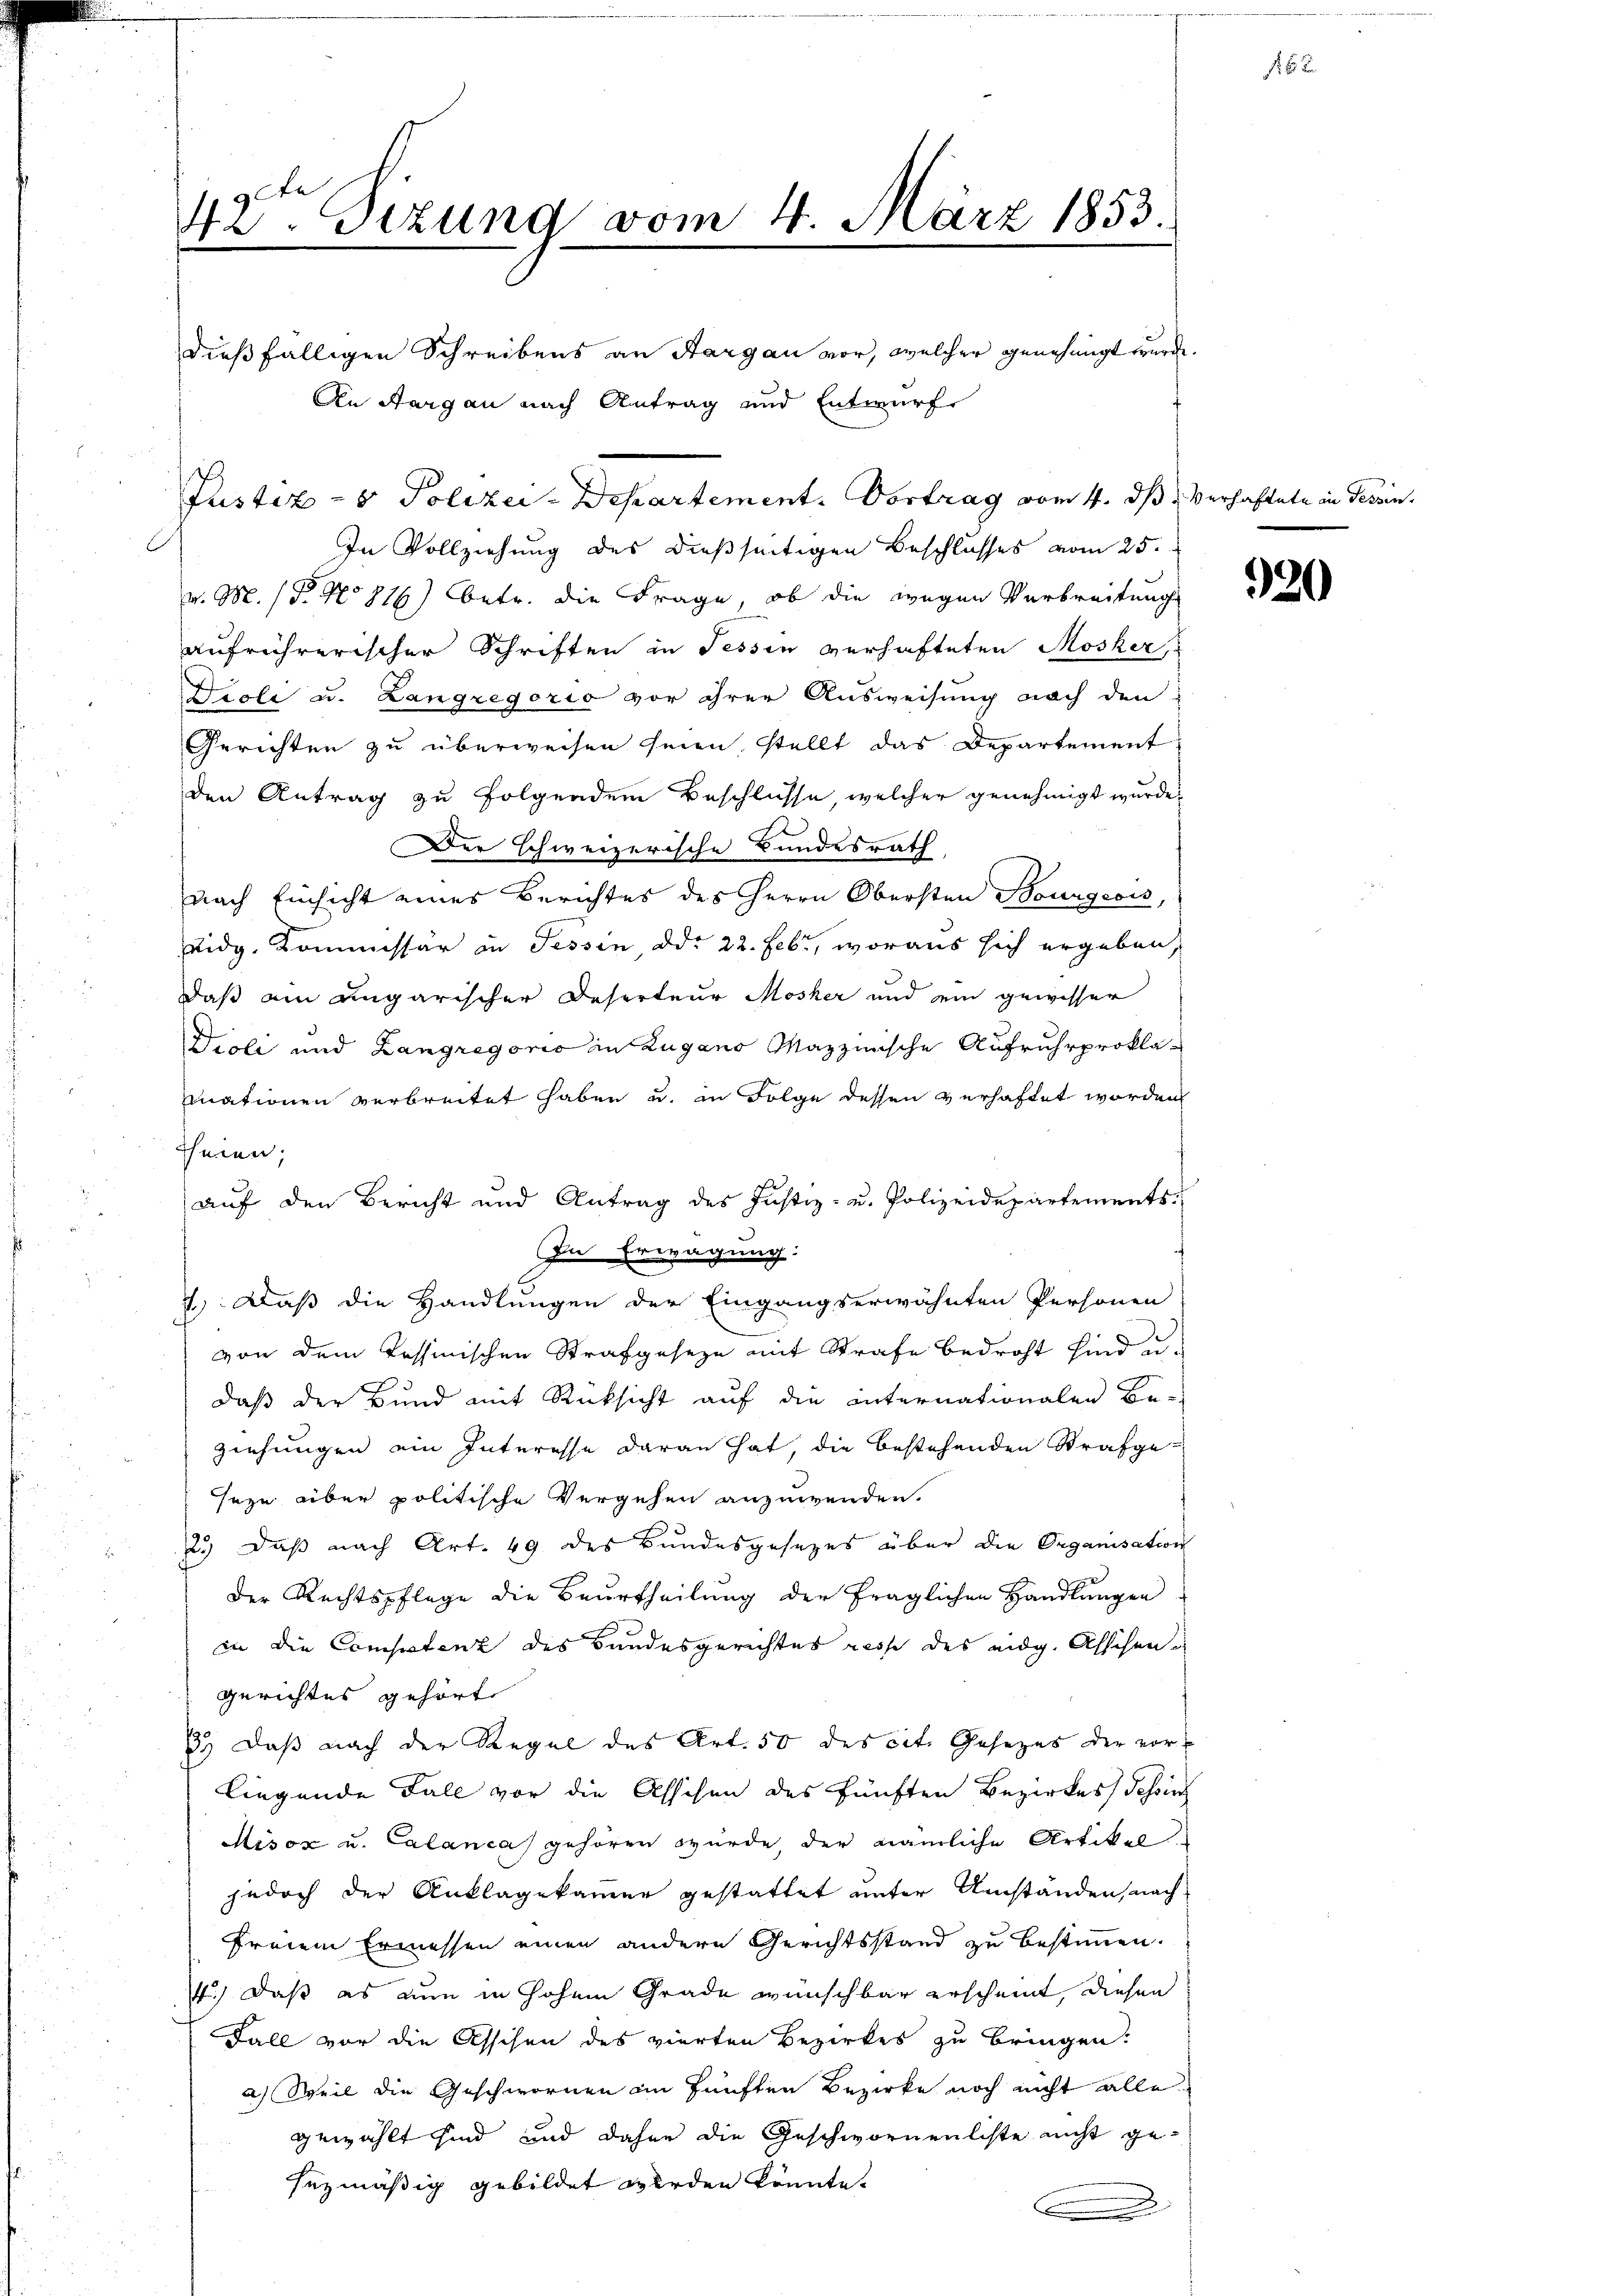
42ten Sizung vom 4. März 1853
1

dießfälligen Schreibens an Sargau vor, welcher genehmigt wurde.
An Aargau nach Antrag und Entwurf
Justiz- & Polizei-Departement. Vortrag vom 4. ds. verhaftete in Tessin¬
In Vollziehung des dießseitigen Beschlusses vom 25.
v. M. Fr. No 816) betr. die Frage, ob die wegen Verbreitung
aufrührerischer Schriften in Tessin verhafteten Mosker,
Drole u. Langregorio vor ihrer Ausweisung nach den
Gerichten zu überweisen seien, stellt das Departement
den Antrag zu folgendem Beschlüsse, welcher genehmigt wurde.
er schweizerische Bundesrath,
nach Einsicht eines Berichtes des Herrn Obersten Bourgeois,
eidg. Kommissär in Tessin, ddo 22. Febr., woraus sich ergeben,
daß ein ungarischer Deserteur Mosker und ein gewisser
Violi und Langregoris in Zugano Mazzinische Aufruhrprokla-
mnationen verbreitet haben u. in Folge dessen verhaftet worden
heien;
auf den Bericht und Antrag des Justiz- u. Polizeidepartements-
In Erwägung:
7.) Daß die Handlungen der Eingangserwähnten Personen
von dem Tessinischen Strafgeseze mit Strafe bedroht sind u.
daß der Bund mit Rücksicht auf die internationalen Be-
ziehungen ein Interesse daran hat, die bestehenden Strafge-
seze aber politische Vergehen anzuwenden.
2.) Daß nach Art. 49 des Bundesgesezes über die Organisation
Der Rechtspflege die Beurtheilung der fraglichen Handlungen
in die Competenz des Bundesgerichtes resse des eidg. Alschen-
gerichtes gehört
3.) Daß nach der Regel des Art. 50 des cit. Gesezes der vorliegende Fall vor die Asschen des fünften Bezirkes Tessin
Misox u. Calanca gehören wurde, der nämliche Artikel
jedoch der Anklagekamer gestattet unter Umständen, nach
freiem Ermessen einen andere Gerichtsstand zu bestimmen.
4.) Daß es nun in hohen Grade wünschbar erscheint, diesen
Fall vor die Asschen des vierten Bezirkes zu bringen:
a) Weil die Geschwornen im fünften Bezirke noch nicht alle
gewählt sind, und daher die Geschwornenliste nicht gesezmäßig gebildet werden könnte.
.

920